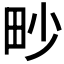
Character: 𤰬